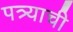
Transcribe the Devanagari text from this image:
पत्र्याची